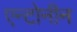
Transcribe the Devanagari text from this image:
एन्टोनीन